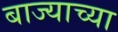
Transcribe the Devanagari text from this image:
बाज्याच्या